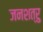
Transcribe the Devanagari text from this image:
जनशत्रु